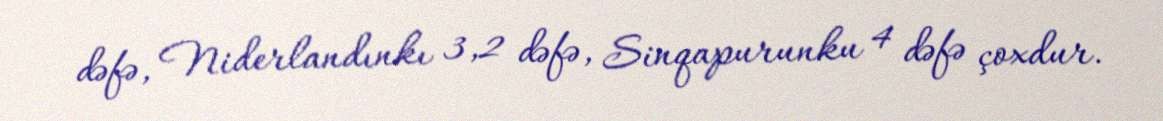
dəfə, Niderlandınkı 3,2 dəfə, Sinqapurunku 4 dəfə çoxdur.